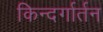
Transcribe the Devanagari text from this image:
किन्दर्गार्तन